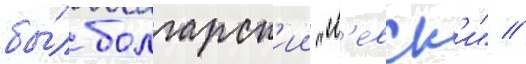
бы́л болгарск'ии "л'евск'и" //